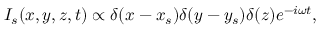
I _ { s } ( x , y , z , t ) \propto \delta ( x - x _ { s } ) \delta ( y - y _ { s } ) \delta ( z ) e ^ { - i \omega t } ,